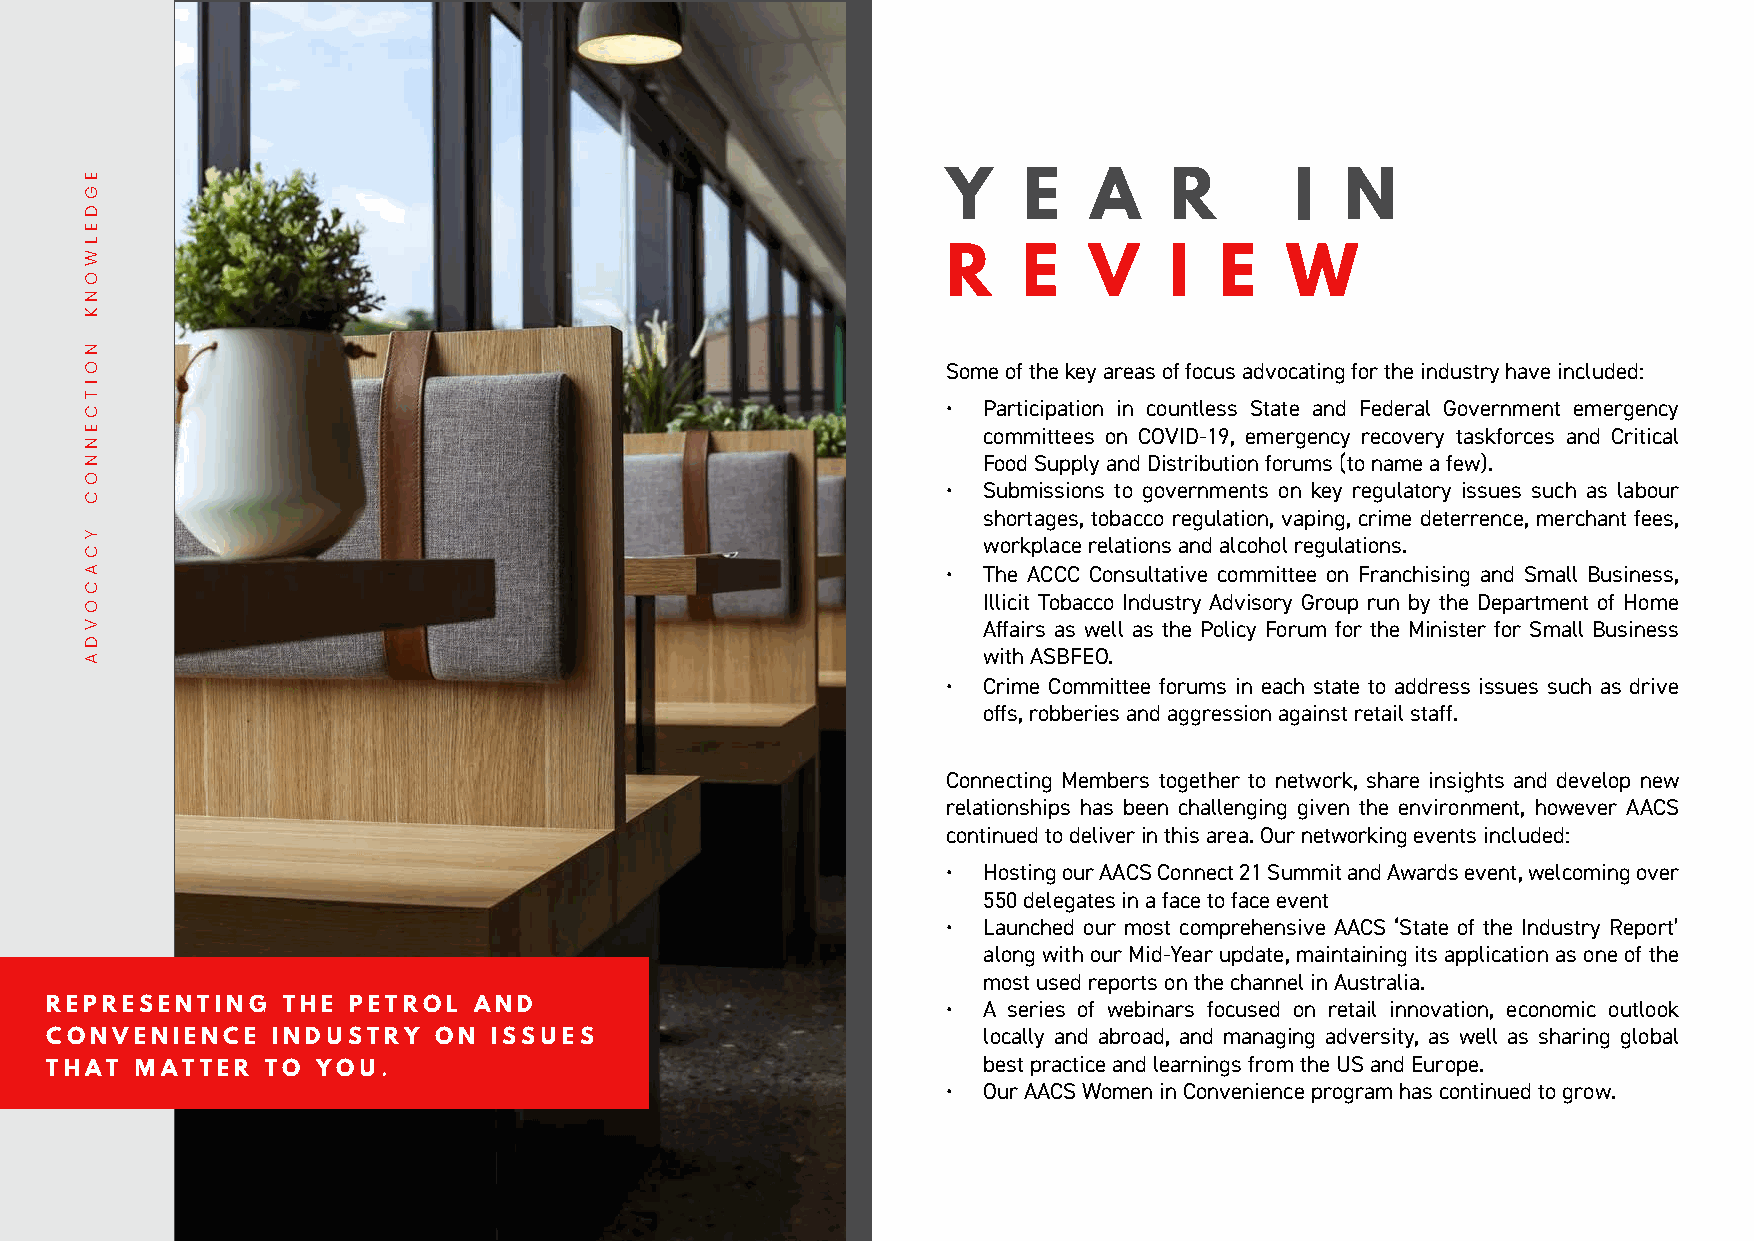
Y    E   A    R        I  N
 R    E   V    I   E   W
 Some of the key areas of focus advocating for the industry have included:
 • Participation in countless State and Federal Government emergency
 committees on COVID-19, emergency recovery taskforces and Critical
 Food Supply and Distribution forums (to name a few).
 • Submissions to governments on key regulatory issues such as labour
 shortages, tobacco regulation, vaping, crime deterrence, merchant fees,
 workplace relations and alcohol regulations.
 • The ACCC Consultative committee on Franchising and Small Business,
 Illicit Tobacco Industry Advisory Group run by the Department of Home
 Affairs as well as the Policy Forum for the Minister for Small Business
 with ASBFEO.
 • Crime Committee forums in each state to address issues such as drive
 offs, robberies and aggression against retail staff.
 Connecting Members together to network, share insights and develop new
 relationships has been challenging given the environment, however AACS
 continued to deliver in this area. Our networking events included:
 • Hosting our AACS Connect 21 Summit and Awards event, welcoming over
 550 delegates in a face to face event
 • Launched our most comprehensive AACS ‘State of the Industry Report’
 along with our Mid-Year update, maintaining its application as one of the
 most used reports on the channel in Australia.
 REPRESENTING    THE PETROL  AND                             • A series of webinars focused on retail innovation, economic outlook
 CONVENIENCE    INDUSTRY   ON  ISSUES                          locally and abroad, and managing adversity, as well as sharing global
 best practice and learnings from the US and Europe.
 THAT  MATTER   TO YOU.
 • Our AACS Women in Convenience program has continued to grow.
 EGDELWONK
 NOITCENNOC
 YCACOVDA